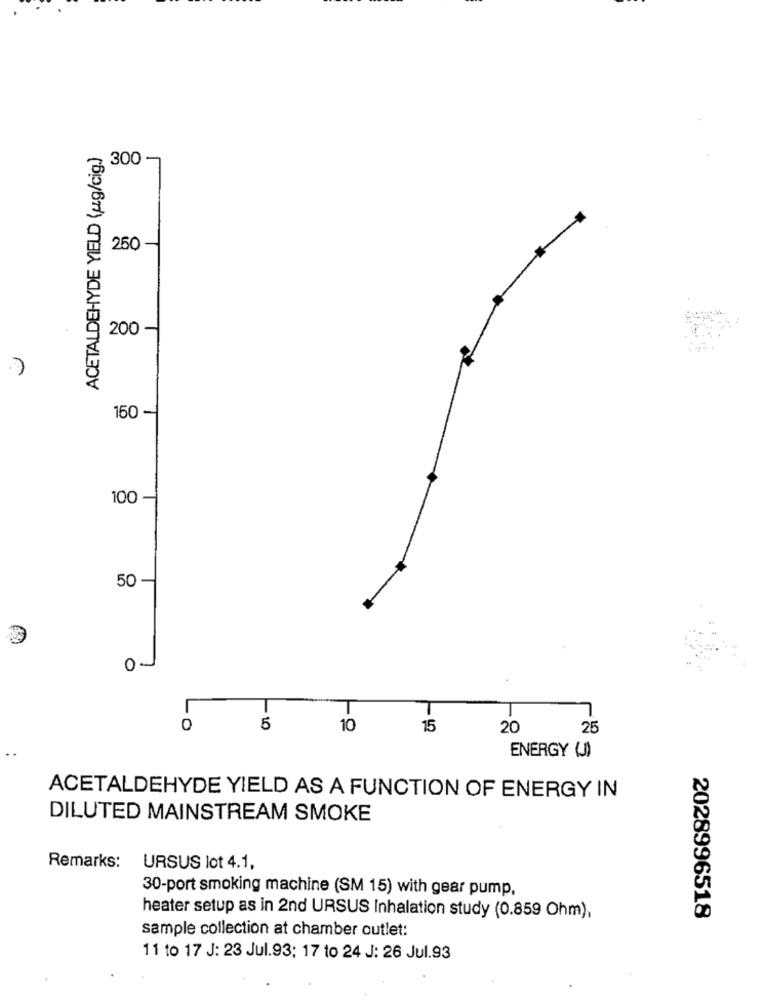
ACETALDEHYDE YIELD (ug/cig)
300 -
250
200
150 -
100
50
01
T
0
5
10
15
20
25
ENERGY ()
ACETALDEHYDE YIELD AS A FUNCTION OF ENERGY IN
DILUTED MAINSTREAM SMOKE
Remarks: URSUS lot 4.1,
30-port smoking machine (SM 15) with gear pump,
heater setup as in 2nd URSUS Inhalation study (0.859 Ohm),
2028996518
sample collection at chamber outlet:
11 to 17 J: 23 Jul.93: 17 to 24 J: 26 Jul.93